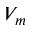
V _ { m }